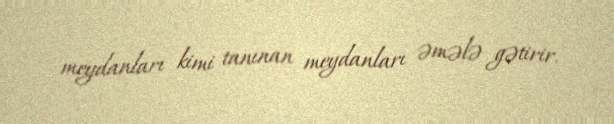
meydanları kimi tanınan meydanları əmələ gətirir.